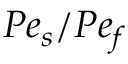
P e _ { s } / P e _ { f }